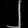
Digit: ၂